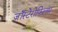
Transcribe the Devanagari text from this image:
ज़ॉस्टेरोफिलम